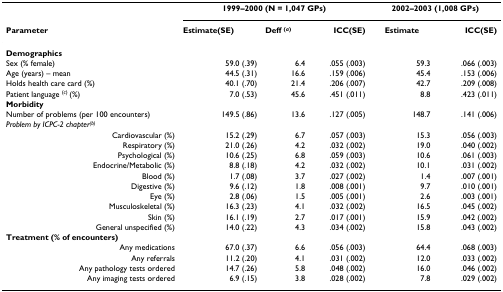
<table><thead><tr><td></td><td colspan="3"><b>1999–2000 (N = 1,047 GPs)</b></td><td colspan="2"><b>2002–2003 (1,008 GPs)</b></td></tr><tr><td><b>Parameter</b></td><td><b>Estimate(SE)</b></td><td><b>Deff <sup>(<i>a</i>)</sup></b></td><td><b>ICC(SE)</b></td><td><b>Estimate</b></td><td><b>ICC(SE)</b></td></tr></thead><tbody><tr><td><b>Demographics</b></td><td></td><td></td><td></td><td></td><td></td></tr><tr><td>Sex (% female)</td><td>59.0 (.39)</td><td>6.4</td><td>.055 (.003)</td><td>59.3</td><td>.066 (.003)</td></tr><tr><td>Age (years) – mean</td><td>44.5 (.31)</td><td>16.6</td><td>.159 (.006)</td><td>45.4</td><td>.153 (.006)</td></tr><tr><td>Holds health care card (%)</td><td>40.1 (.70)</td><td>21.4</td><td>.206 (.007)</td><td>42.7</td><td>.209 (.008)</td></tr><tr><td>Patient language <sup>(<i>c</i>) </sup>(%)</td><td>7.0 (.53)</td><td>45.6</td><td>.451 (.011)</td><td>8.8</td><td>.423 (.011)</td></tr><tr><td><b>Morbidity</b></td><td></td><td></td><td></td><td></td><td></td></tr><tr><td>Number of problems (per 100 encounters)</td><td>149.5 (.86)</td><td>13.6</td><td>.127 (.005)</td><td>148.7</td><td>.141 (.006)</td></tr><tr><td><i>Problem by ICPC-2 chapter<sup>(b)</sup></i></td><td></td><td></td><td></td><td></td><td></td></tr><tr><td>Cardiovascular (%)</td><td>15.2 (.29)</td><td>6.7</td><td>.057 (.003)</td><td>15.3</td><td>.056 (.003)</td></tr><tr><td>Respiratory (%)</td><td>21.0 (.26)</td><td>4.2</td><td>.032 (.002)</td><td>19.0</td><td>.040 (.002)</td></tr><tr><td>Psychological (%)</td><td>10.6 (.25)</td><td>6.8</td><td>.059 (.003)</td><td>10.6</td><td>.061 (.003)</td></tr><tr><td>Endocrine/Metabolic (%)</td><td>8.8 (.18)</td><td>4.2</td><td>.032 (.002)</td><td>10.1</td><td>.031 (.002)</td></tr><tr><td>Blood (%)</td><td>1.7 (.08)</td><td>3.7</td><td>.027 (.002)</td><td>1.4</td><td>.007 (.001)</td></tr><tr><td>Digestive (%)</td><td>9.6 (.12)</td><td>1.8</td><td>.008 (.001)</td><td>9.7</td><td>.010 (.001)</td></tr><tr><td>Eye (%)</td><td>2.8 (.06)</td><td>1.5</td><td>.005 (.001)</td><td>2.6</td><td>.003 (.001)</td></tr><tr><td>Musculoskeletal (%)</td><td>16.3 (.23)</td><td>4.1</td><td>.032 (.002)</td><td>16.5</td><td>.045 (.002)</td></tr><tr><td>Skin (%)</td><td>16.1 (.19)</td><td>2.7</td><td>.017 (.001)</td><td>15.9</td><td>.042 (.002)</td></tr><tr><td>General unspecified (%)</td><td>14.0 (.22)</td><td>4.3</td><td>.034 (.002)</td><td>15.8</td><td>.043 (.002)</td></tr><tr><td><b>Treatment (% of encounters)</b></td><td></td><td></td><td></td><td></td><td></td></tr><tr><td>Any medications</td><td>67.0 (.37)</td><td>6.6</td><td>.056 (.003)</td><td>64.4</td><td>.068 (.003)</td></tr><tr><td>Any referrals</td><td>11.2 (.20)</td><td>4.1</td><td>.031 (.002)</td><td>12.0</td><td>.033 (.002)</td></tr><tr><td>Any pathology tests ordered</td><td>14.7 (.26)</td><td>5.8</td><td>.048 (.002)</td><td>16.0</td><td>.046 (.002)</td></tr><tr><td>Any imaging tests ordered</td><td>6.9 (.15)</td><td>3.8</td><td>.028 (.002)</td><td>7.8</td><td>.029 (.002)</td></tr></tbody></table>